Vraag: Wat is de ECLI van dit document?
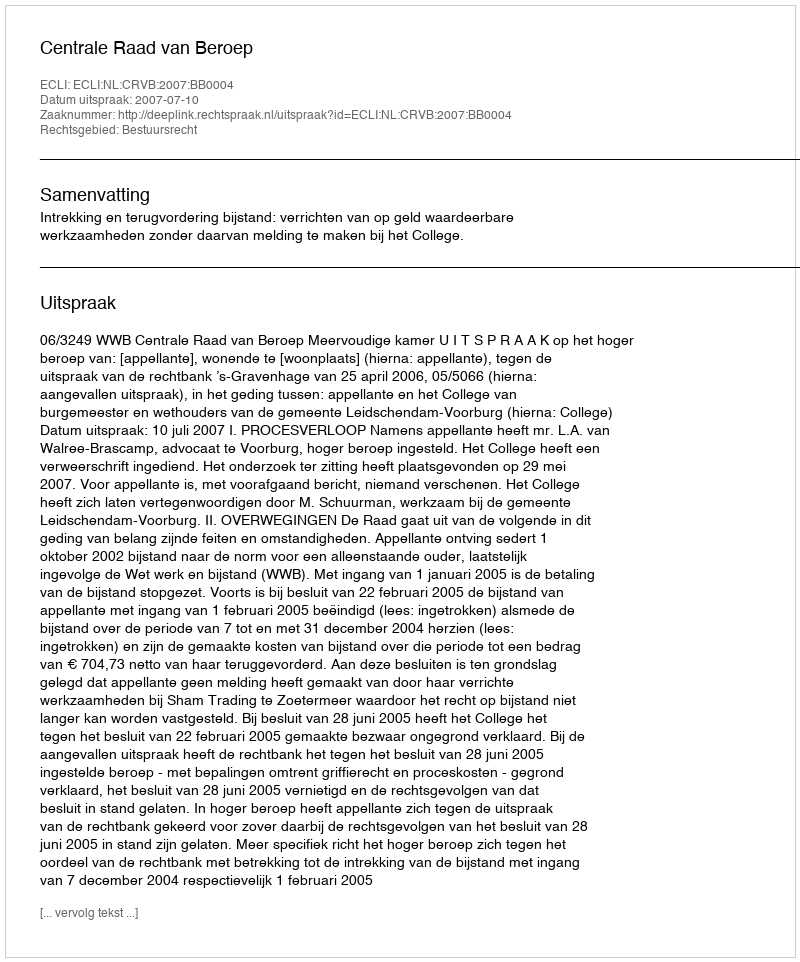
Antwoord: ECLI:NL:CRVB:2007:BB0004